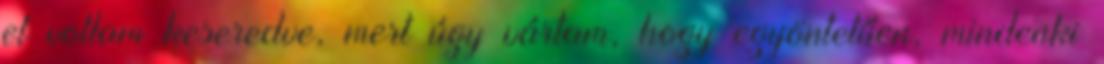
el voltam keseredve, mert úgy vártam, hogy egyöntetűen, mindenki